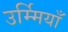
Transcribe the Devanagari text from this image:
उर्म्मियाँ